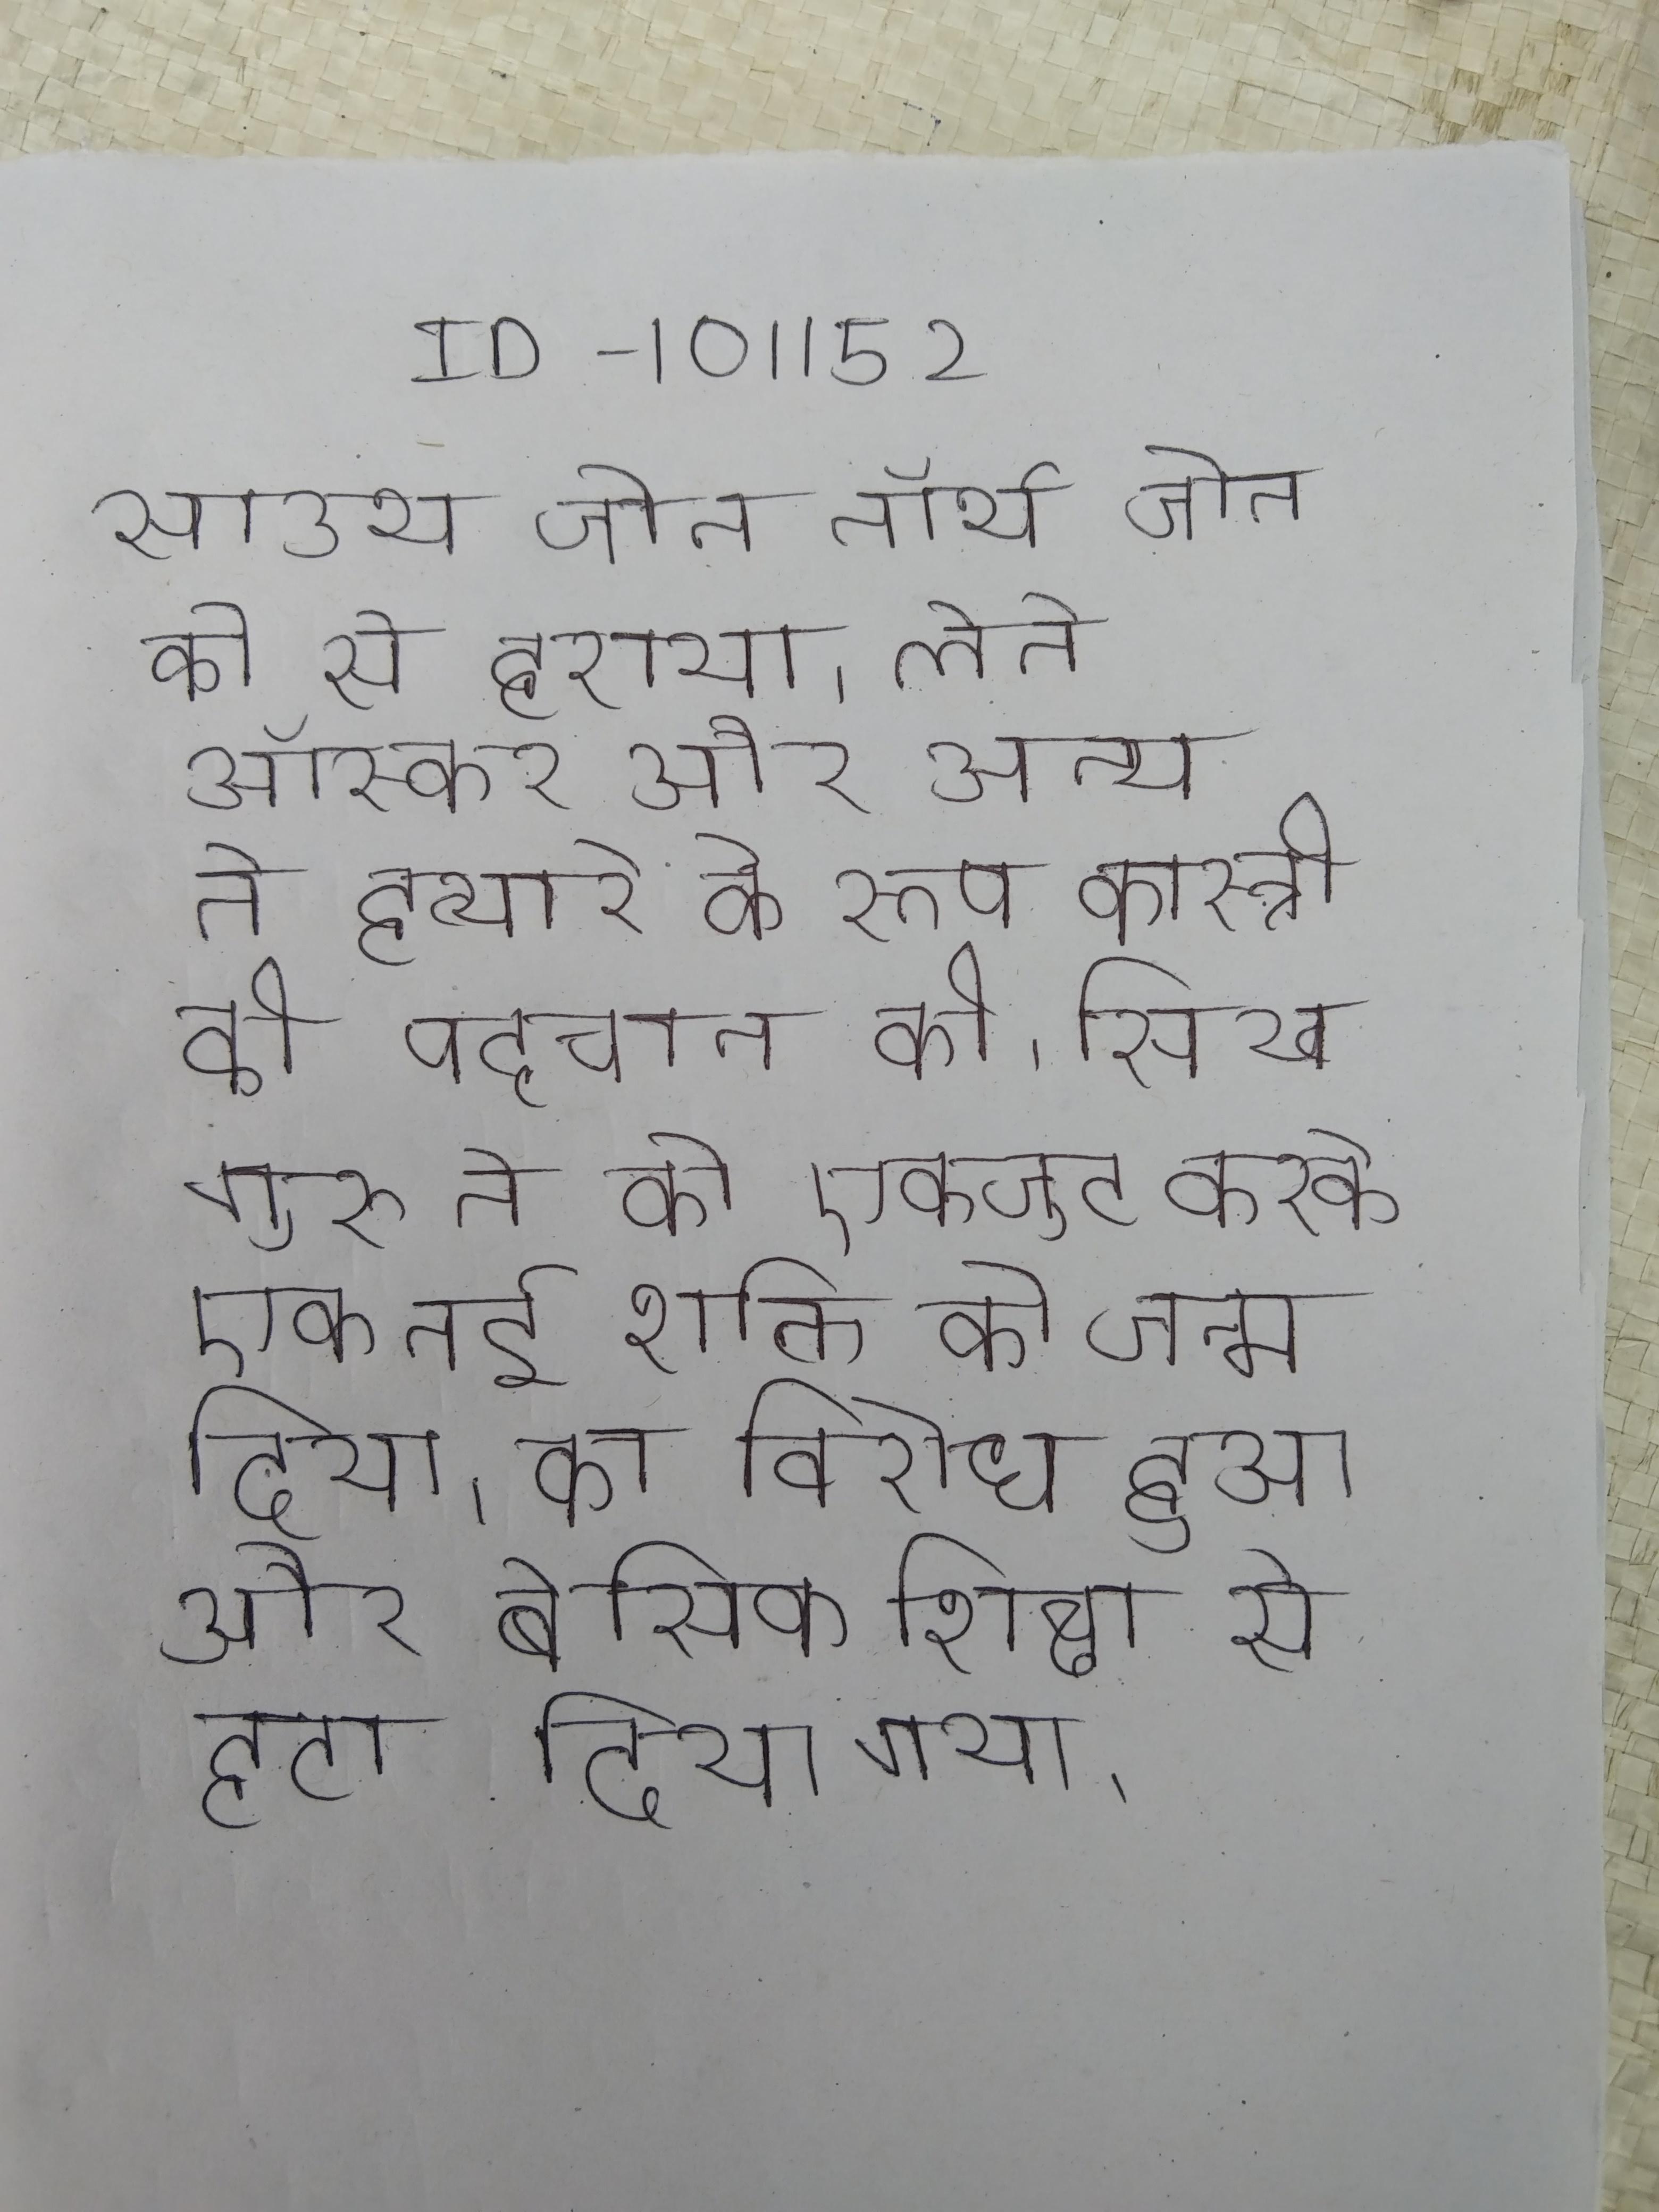
साउथ जोन नॉर्थ जोन को से हराया । लेते ऑस्कर और अन्य ने हत्यारे के रूप कास्त्रो की पहचान की । सिख गुरु ने को एकजुट करके एक नई शक्ति को जन्म दिया । का विरोध हुआ और बेसिक शिक्षा से हटा दिया गया ।